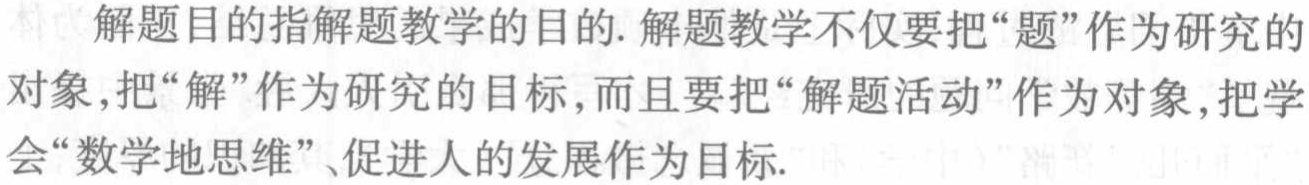
解题目的指解题教学的目的. 解题教学不仅要把“题”作为研究的对象,把“解”作为研究的目标,而且要把“解题活动”作为对象,把学会“数学地思维”、促进人的发展作为目标.